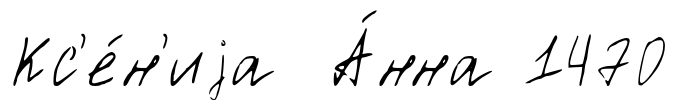
Кс'е́н'иjа А́нна 1470